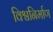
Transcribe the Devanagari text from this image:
विश्वनिर्माण